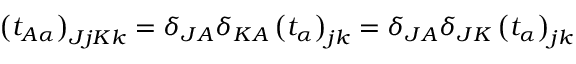
\left( t _ { A \alpha } \right) _ { J j K k } = \delta _ { J A } \delta _ { K A } \left( t _ { \alpha } \right) _ { j k } = \delta _ { J A } \delta _ { J K } \left( t _ { \alpha } \right) _ { j k }